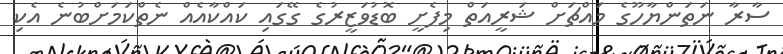
ސާރާ ނަތަންޔާހޫގެ މައްޗަށް ޝަރީއަތް މިފެށީ ބޮޑުވަޒީރުގެ ގޭގައި ކައްކާއެއް ނެތްކަމަށްބުނެ އެކި